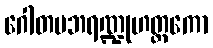
ဂေါတမဘရဏ္ဍုဟတ္ထကော